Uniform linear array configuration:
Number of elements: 64
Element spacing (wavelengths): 0.5
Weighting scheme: hann
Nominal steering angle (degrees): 60
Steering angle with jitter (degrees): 59.266
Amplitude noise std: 0.05
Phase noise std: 0.05

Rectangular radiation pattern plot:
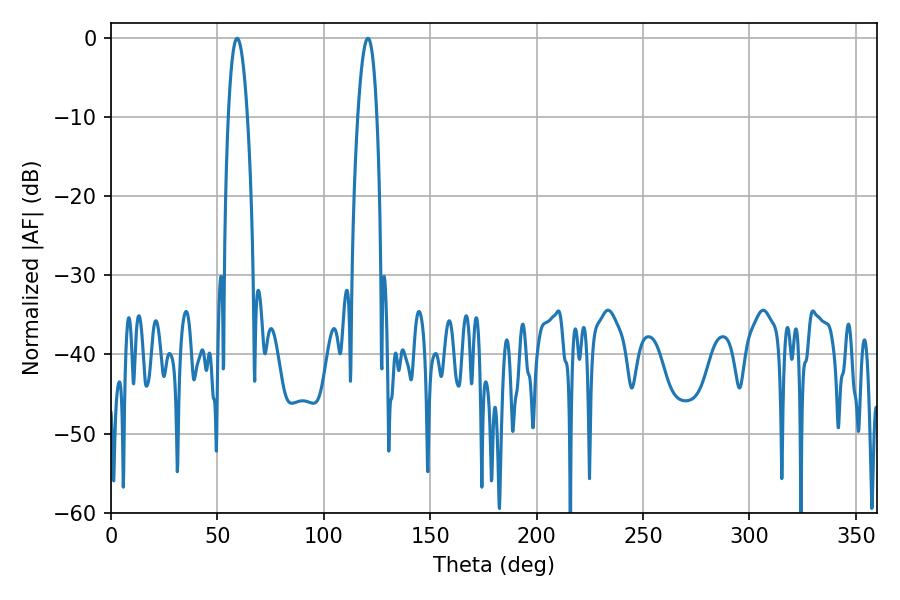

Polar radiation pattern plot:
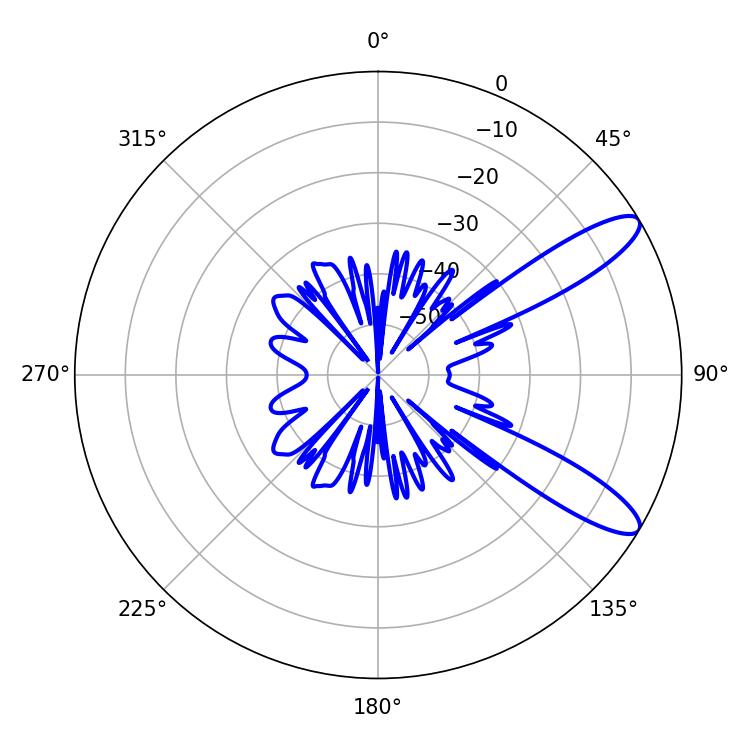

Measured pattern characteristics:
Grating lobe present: FALSE
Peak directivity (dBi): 10.934
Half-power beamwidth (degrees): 5.04
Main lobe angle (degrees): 59.22